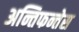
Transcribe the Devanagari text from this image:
अन्तिफन्तेस